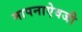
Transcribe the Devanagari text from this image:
मापनाऐवजी